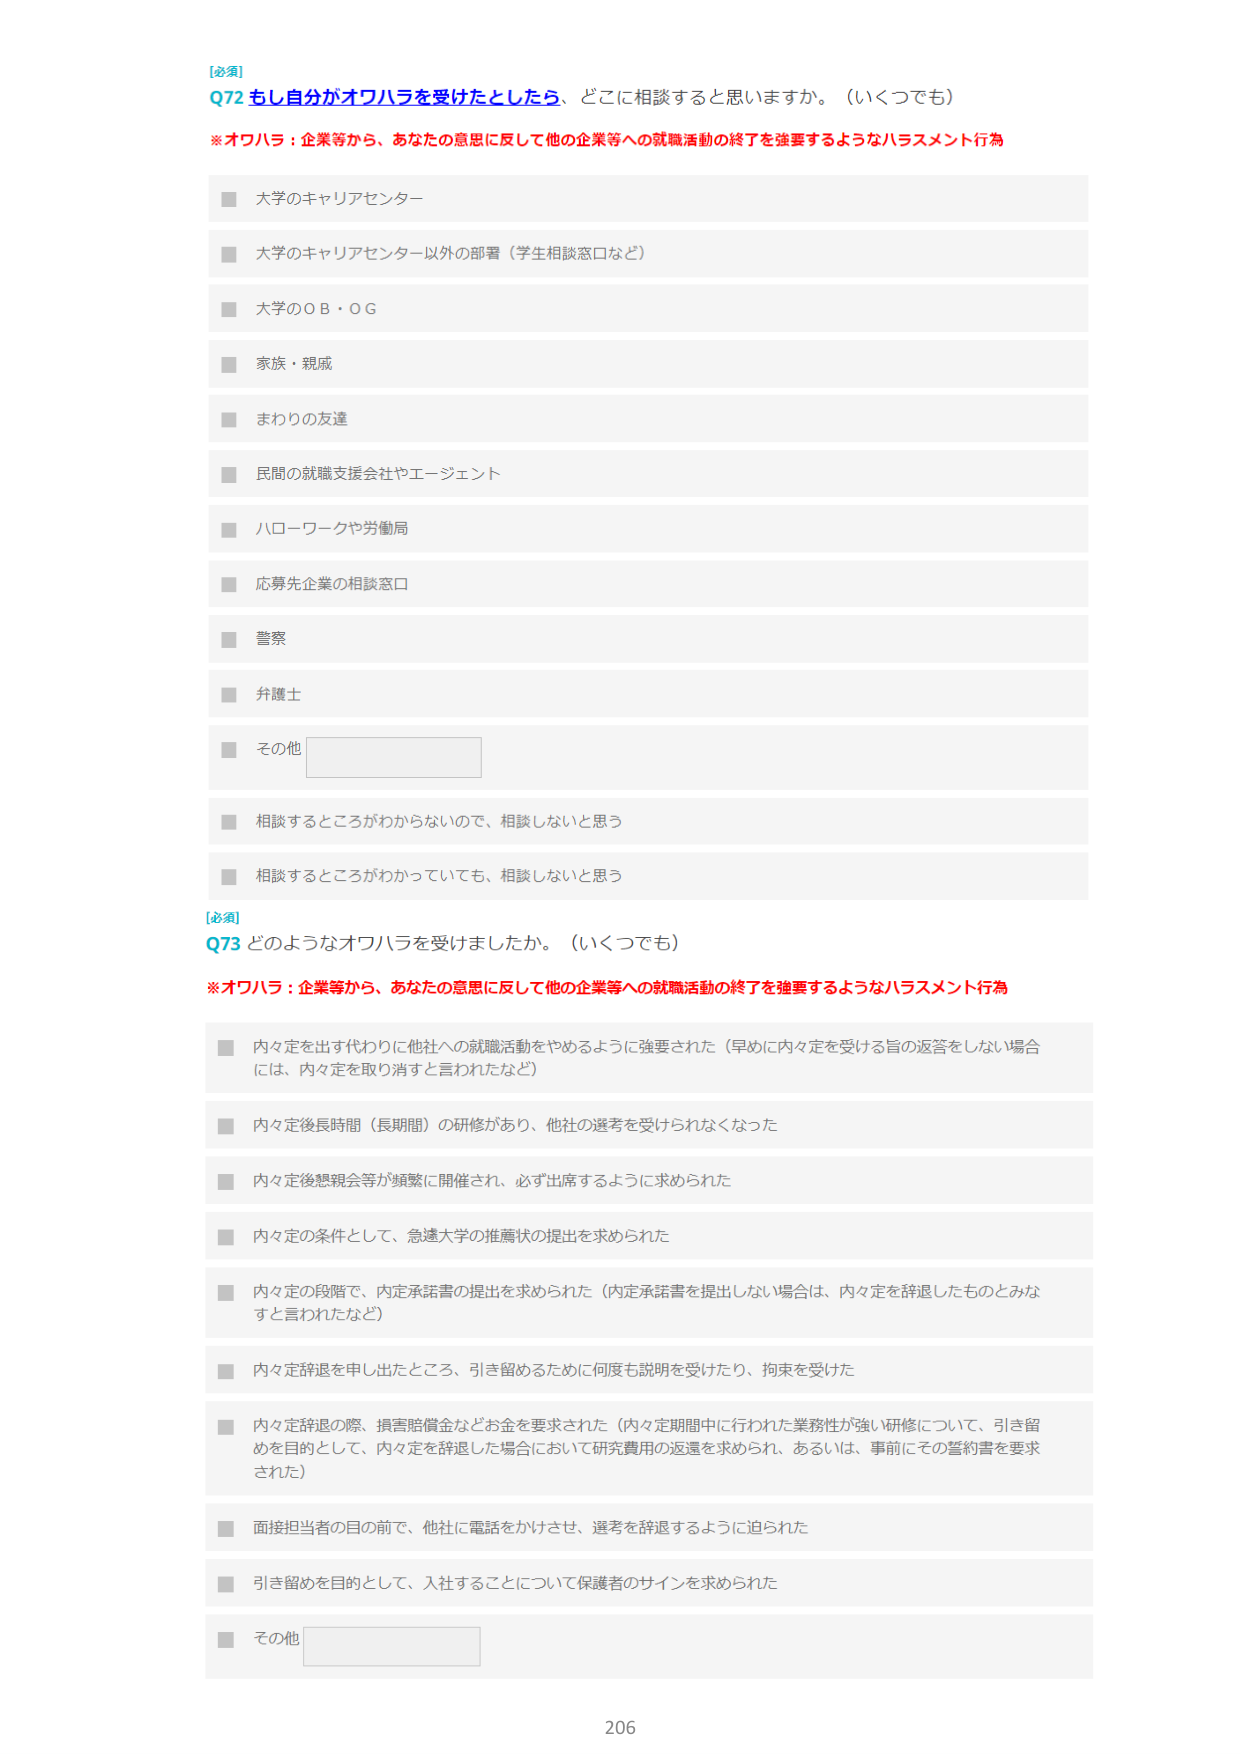
[必須]
Q72 もし自分がオワハラを受けたとしたら、どこに相談すると思いますか。（いくつでも）
※オワハラ：企業等から、あなたの意思に反して他の企業等への就職活動の終了を強要するようなハラスメント行為
■ 大学のキャリアセンター
■ 大学のキャリアセンター以外の部署（学生相談窓口など）
■ 大学のＯＢ・ＯＧ
■ 家族・親戚
■ まわりの友達
■ 民間の就職支援会社やエージェント
■ ハローワークや労働局
■ 応募先企業の相談窓口
■ 警察
■ 弁護士
■ その他
■ 相談するところがわからないので、相談しないと思う
■ 相談するところがわかっていても、相談しないと思う

[必須]
Q73 どのようなオワハラを受けましたか。（いくつでも）
※オワハラ：企業等から、あなたの意思に反して他の企業等への就職活動の終了を強要するようなハラスメント行為
■ 内々定を出す代わりに他社への就職活動をやめるように強要された（早めに内々定を受ける旨の返答をしない場合には、内々定を取り消すと言われたなど）
■ 内々定後長時間（長期間）の研修があり、他社の選考を受けられなくなった
■ 内々定後懇親会等が頻繁に開催され、必ず出席するように求められた
■ 内々定の条件として、急遽大学の推薦状の提出を求められた
■ 内々定の段階で、内定承諾書の提出を求められた（内定承諾書を提出しない場合は、内々定を辞退したものとみなすと言われたなど）
■ 内々定辞退を申し出たところ、引き留めるために何度も説明を受けたり、拘束を受けた
■ 内々定辞退の際、損害賠償金などお金が要求された（内々定期間中に行われた業務性が強い研修について、引き留めを目的として、内々定を辞退した場合において研究費用の返還を求められ、あるいは、事前にその誓約書が要求された）
■ 面接担当者の目の前で、他社に電話をかけさせ、選考を辞退するように迫られた
■ 引き留めを目的として、入社することについて保護者のサインを求められた
■ その他

206